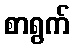
စာရွက်